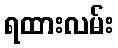
ရထားလမ်း